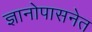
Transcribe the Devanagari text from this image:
ज्ञानोपासनेत